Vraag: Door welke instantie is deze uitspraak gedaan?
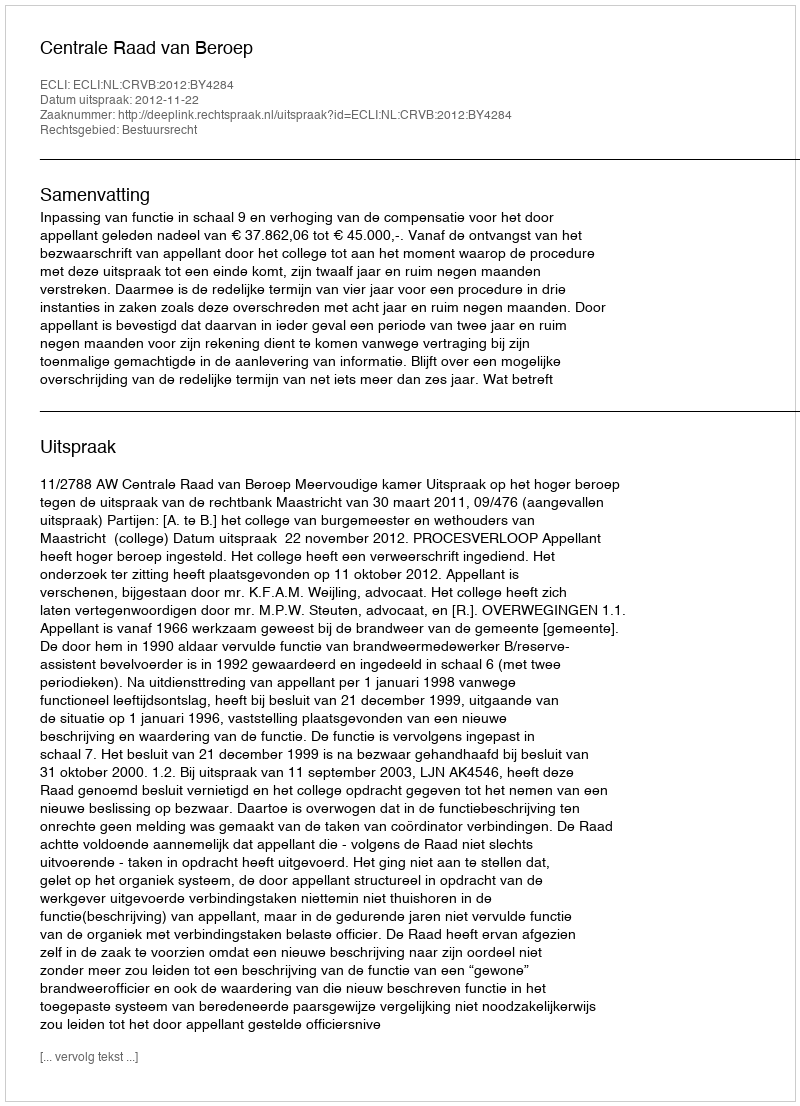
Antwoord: Centrale Raad van Beroep